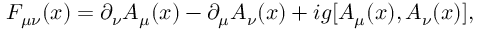
F _ { \mu \nu } ( x ) = \partial _ { \nu } A _ { \mu } ( x ) - \partial _ { \mu } A _ { \nu } ( x ) + i g [ A _ { \mu } ( x ) , A _ { \nu } ( x ) ] ,